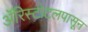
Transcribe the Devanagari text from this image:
ॲरिस्टोटलपासून